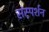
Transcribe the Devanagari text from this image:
संस्पर्शन